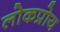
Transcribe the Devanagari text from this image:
लोकप्रोय